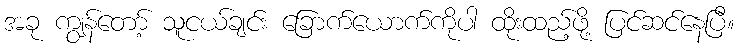
အခု ကျွန်တော့် သူငယ်ချင်း ခြောက်ယောက်ကိုပါ ထိုးထည့်ဖို့ ပြင်ဆင်နေပြီ။